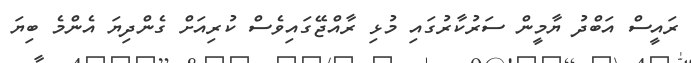
ރައީސް އަބްދު ޔާމީން ސަރުކާރުގައި މުޅި ރާއްޖޭގައިވެސް ކުރިއަށް ގެންދިޔަ އެންމެ ބިޔަ